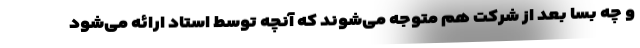
و چه بسا بعد از شرکت هم متوجه می‌شوند که آنچه توسط استاد ارائه می‌شود